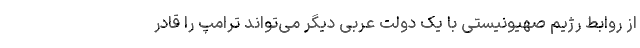
از روابط رژیم صهیونیستی با یک دولت عربی دیگر می‌تواند ترامپ را قادر